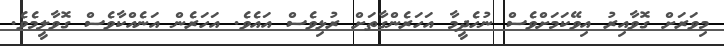
މިވަރަށް ގޮވާއިރު އިވޭކަމަށްވެސް ނުހެދީމާ އަހަރެންގާތަށް ރުޅިވެސް އައެވެ. އަހަރެން އަނެއްކާވެސް ގޮވާލީމެވެ.